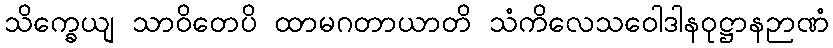
သိက္ခေယျ သာဝိတေပိ ထာမဂတာယာတိ သံကိလေသဝေါဒါနဝုဋ္ဌာနဉာဏံ